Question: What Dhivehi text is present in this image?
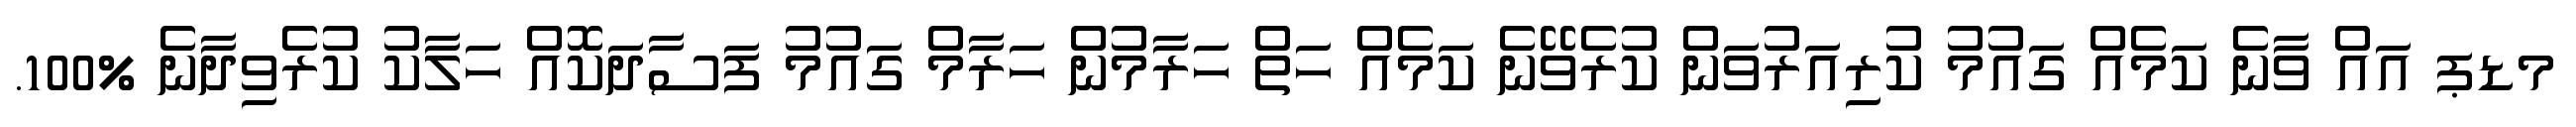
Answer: މޑޕ އައް ވާނެ ކަމެއް ގައުމު ކުރިއަރުވަން ކުރެވޭނެ ކަމެއް ހަތް ހަރާމުން ހަރާމް ގައުމު ފަސާދަކޮއް ހަލާކު ކުރެވިދާނެ %100.